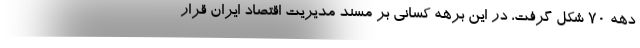
دهه ۷۰ شکل گرفت، در این برهه کسانی بر مسند مدیریت اقتصاد ایران قرار